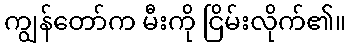
ကျွန်တော်က မီးကို ငြိမ်းလိုက်၏။